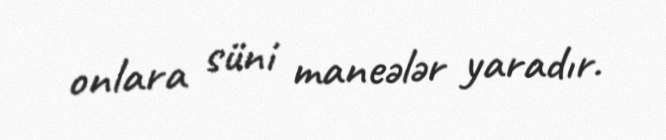
onlara süni maneələr yaradır.